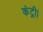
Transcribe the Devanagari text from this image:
कंट्री।